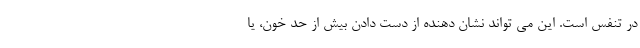
در تنفس است. این می تواند نشان دهنده از دست دادن بیش از حد خون، یا